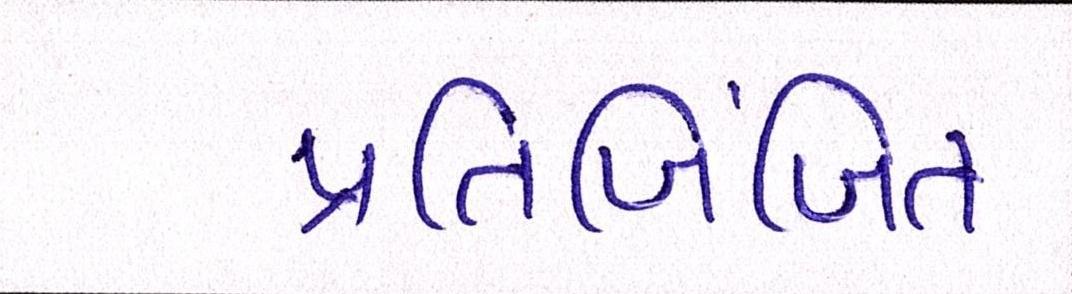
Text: પ્રતિબિંબિત